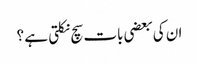
ان کی بعضی بات سچ نکلتی ہے ؟